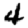
Digit: 4